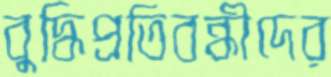
বুদ্ধিপ্রতিবন্ধীদের